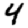
Digit: 4